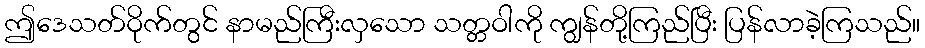
ဤဒေသတ်ဝိုက်တွင် နာမည်ကြီးလှသော သတ္တဝါကို ကျွန်တို့ကြည်ပြီး ပြန်လာခဲ့ကြသည်။